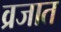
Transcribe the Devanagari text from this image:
व्रजात